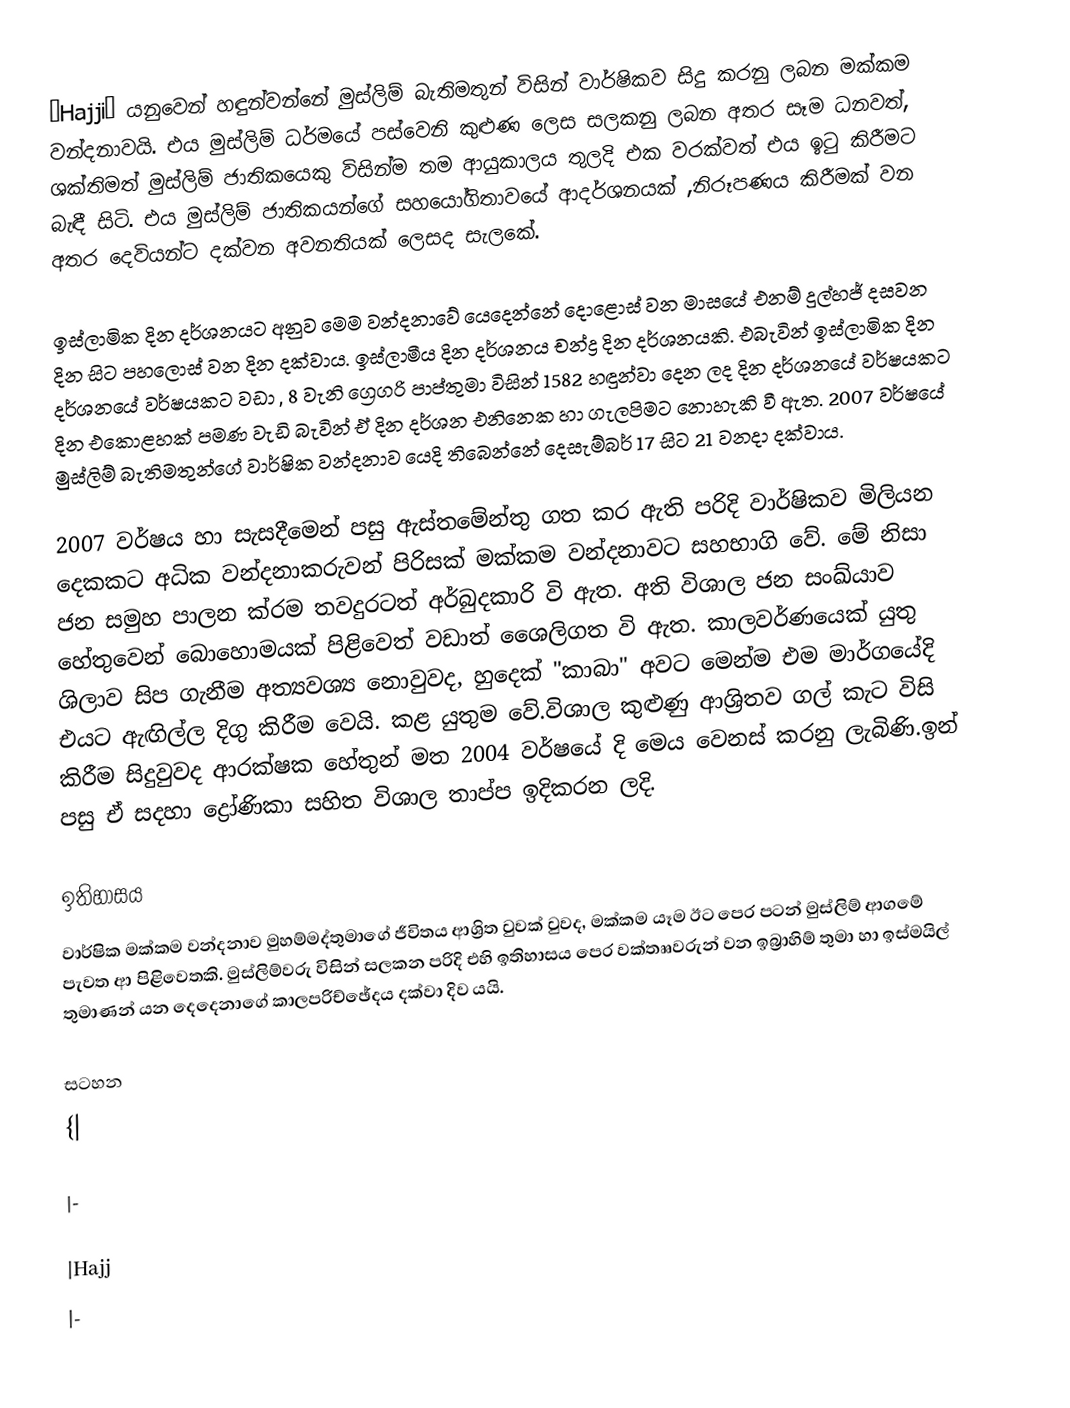
“Hajji” යනුවෙන් හඳුන්වන්නේ මුස්ලිම් බැතිමතුන් විසින් වාර්ෂිකව සිදු කරනු ලබන මක්කම වන්දනාවයි. එය මුස්ලිම් ධර්මයේ පස්වෙනි කුළුණ ලෙස සලකනු ලබන අතර සෑම ධනවත්, ශක්තිමත් මුස්ලිම් ජාතිකයෙකු විසින්ම තම ආයුකාලය තුලදි එක වරක්වත් එය ඉටු කිරීමට බැඳී සිටි. එය මුස්ලිම් ජාතිකයන්ගේ සහයෝගිතාවයේ ආදර්ශනයක් ,නිරූපණය කිරීමක් වන අතර දෙවියන්ට දක්වන අවනතියක් ලෙසද සැලකේ.

ඉස්ලාමික දින දර්ශනයට අනුව මෙම වන්දනාවේ යෙදෙන්නේ දොළොස් වන මාසයේ එනම් දුල්හජ් දසවන දින සිට පහලොස් වන දින දක්වාය. ඉස්ලාමීය දින දර්ශනය චන්ද්‍ර දින දර්ශනයකි. එබැවින් ඉස්ලාමික දින දර්ශනයේ වර්ෂයකට වඩා , 8 වැනි ග්‍රෙගරි පාප්තුමා විසින් 1582 හඳුන්වා දෙන ලද දින දර්ශනයේ වර්ෂයකට දින එකොළහක් පමණ වැඩි බැවින් ඒ දින දර්ශන එනිනෙක හා ගැලපිමට නොහැකි වී ඇත. 2007 වර්ෂයේ මුස්ලිම් බැතිමතුන්ගේ වාර්ෂික වන්දනාව යෙදි තිබෙන්නේ දෙසැම්බර් 17 සිට 21 වනදා දක්වාය.

2007 වර්ෂය හා සැසදීමෙන් පසු ඇස්තමේන්තු ගත කර ඇති පරිදි වාර්ෂිකව මිලියන දෙකකට අධික වන්දනාකරුවන් පිරිසක් මක්කම වන්දනාවට සහභාගි වේ. මේ නිසා ජන සමුහ පාලන ක්රම තවදුරටත් අර්බුදකාරි වි ඇත. අති විශාල ජන සංඛ්යාව හේතුවෙන් බොහොමයක් පිළිවෙත් වඩාත් ශෛලිගත වි ඇත. කාලවර්ණයෙක් යුතු ශිලාව සිප ගැනීම අත්‍යවශ්‍ය නොවුවද, හුදෙක් "කාබා" අවට මෙන්ම එම මාර්ගයේදි එයට ඇඟිල්ල දිගු කිරීම  වෙයි. කළ යුතුම වේ.විශාල කුළුණු ආශ්‍රිතව ගල් කැට විසි කිරීම සිදුවුවද ආරක්ෂක හේතුන් මත 2004 වර්ෂයේ දි මෙය වෙනස් කරනු ලැබිණි.ඉන් පසු ඒ සදහා ද්‍රෝණිකා සහිත විශාල තාප්ප ඉදිකරන ලදි.

ඉතිහාසය
වාර්ෂික මක්කම වන්දනාව මුහම්මද්තුමාගේ ජීවිතය ආශ්‍රිත වුවක් වුවද, මක්කම යෑම ඊට පෙර පටන් මුස්ලිම් ආගමේ පැවත ආ පිළිවෙතකි. මුස්ලිම්වරු විසින් සලකන පරිදි එහි ඉතිහාසය පෙර වක්තෲවරුන් වන ඉබ්‍රාහිම් තුමා හා ඉස්මයිල් තුමාණන් යන දෙදෙනාගේ කාලපරිච්ඡේදය දක්වා දිව යයි.

සටහන
{|

|-

|Hajj
|-